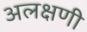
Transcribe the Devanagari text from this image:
अलक्षणी